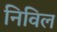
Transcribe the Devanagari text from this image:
निविल